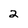
Character: 2